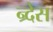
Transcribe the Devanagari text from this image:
न्र्देस